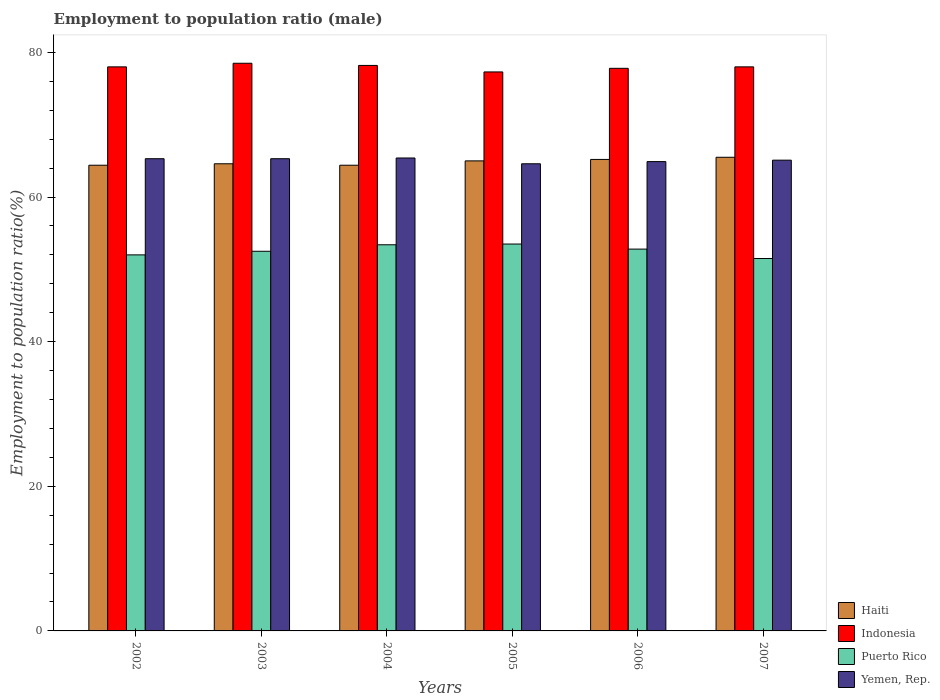
| Years | Haiti | Indonesia | Puerto Rico | Yemen, Rep. |
 | --- | --- | --- | --- | --- |
 | 2002 | 64.4 | 78 | 52 | 65.3 |
 | 2003 | 64.6 | 78.5 | 52.5 | 65.3 |
 | 2004 | 64.4 | 78.2 | 53.4 | 65.4 |
 | 2005 | 65 | 77.3 | 53.5 | 64.6 |
 | 2006 | 65.2 | 77.8 | 52.8 | 64.9 |
 | 2007 | 65.5 | 78 | 51.5 | 65.1 |